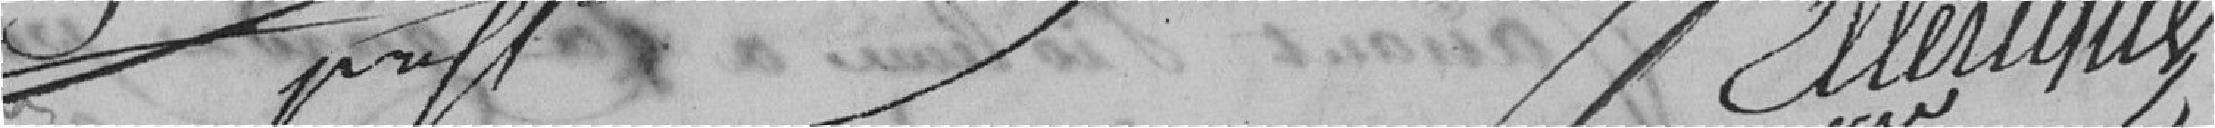
D??????                                                            Etteringue